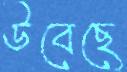
উবেছে